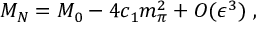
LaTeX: M _ { N } = M _ { 0 } - 4 c _ { 1 } m _ { \pi } ^ { 2 } + { \cal O } ( \epsilon ^ { 3 } ) \, \, ,